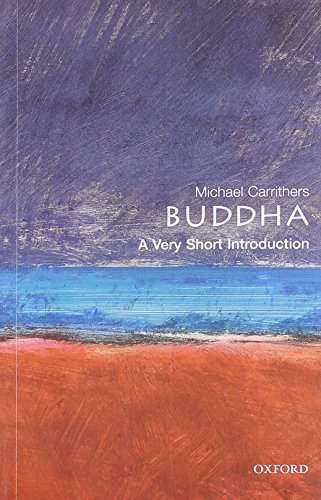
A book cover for The Buddha: A Very Short Introduction (Very Short Introductions); Michael Carrithers; Religion & Spirituality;